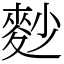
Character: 麨